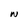
Character: W